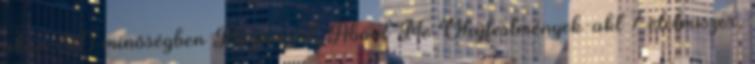
akár 3D minőségben Magamról, About Me Olajfestmények-akt 7 élelmiszer,